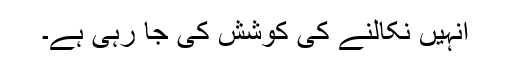
انہیں نکالنے کی کوشش کی جا رہی ہے۔